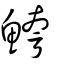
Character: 鮬